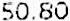
50.80